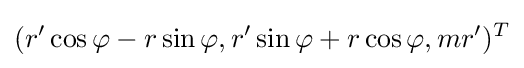
(r'\cos \varphi -r\sin \varphi ,r'\sin \varphi +r\cos \varphi ,mr')^{T}